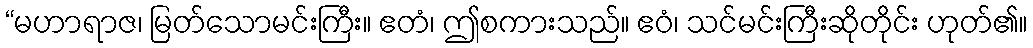
“မဟာရာဇ၊ မြတ်သောမင်းကြီး။ ဧတံ၊ ဤစကားသည်။ ဧဝံ၊ သင်မင်းကြီးဆိုတိုင်း ဟုတ်၏။